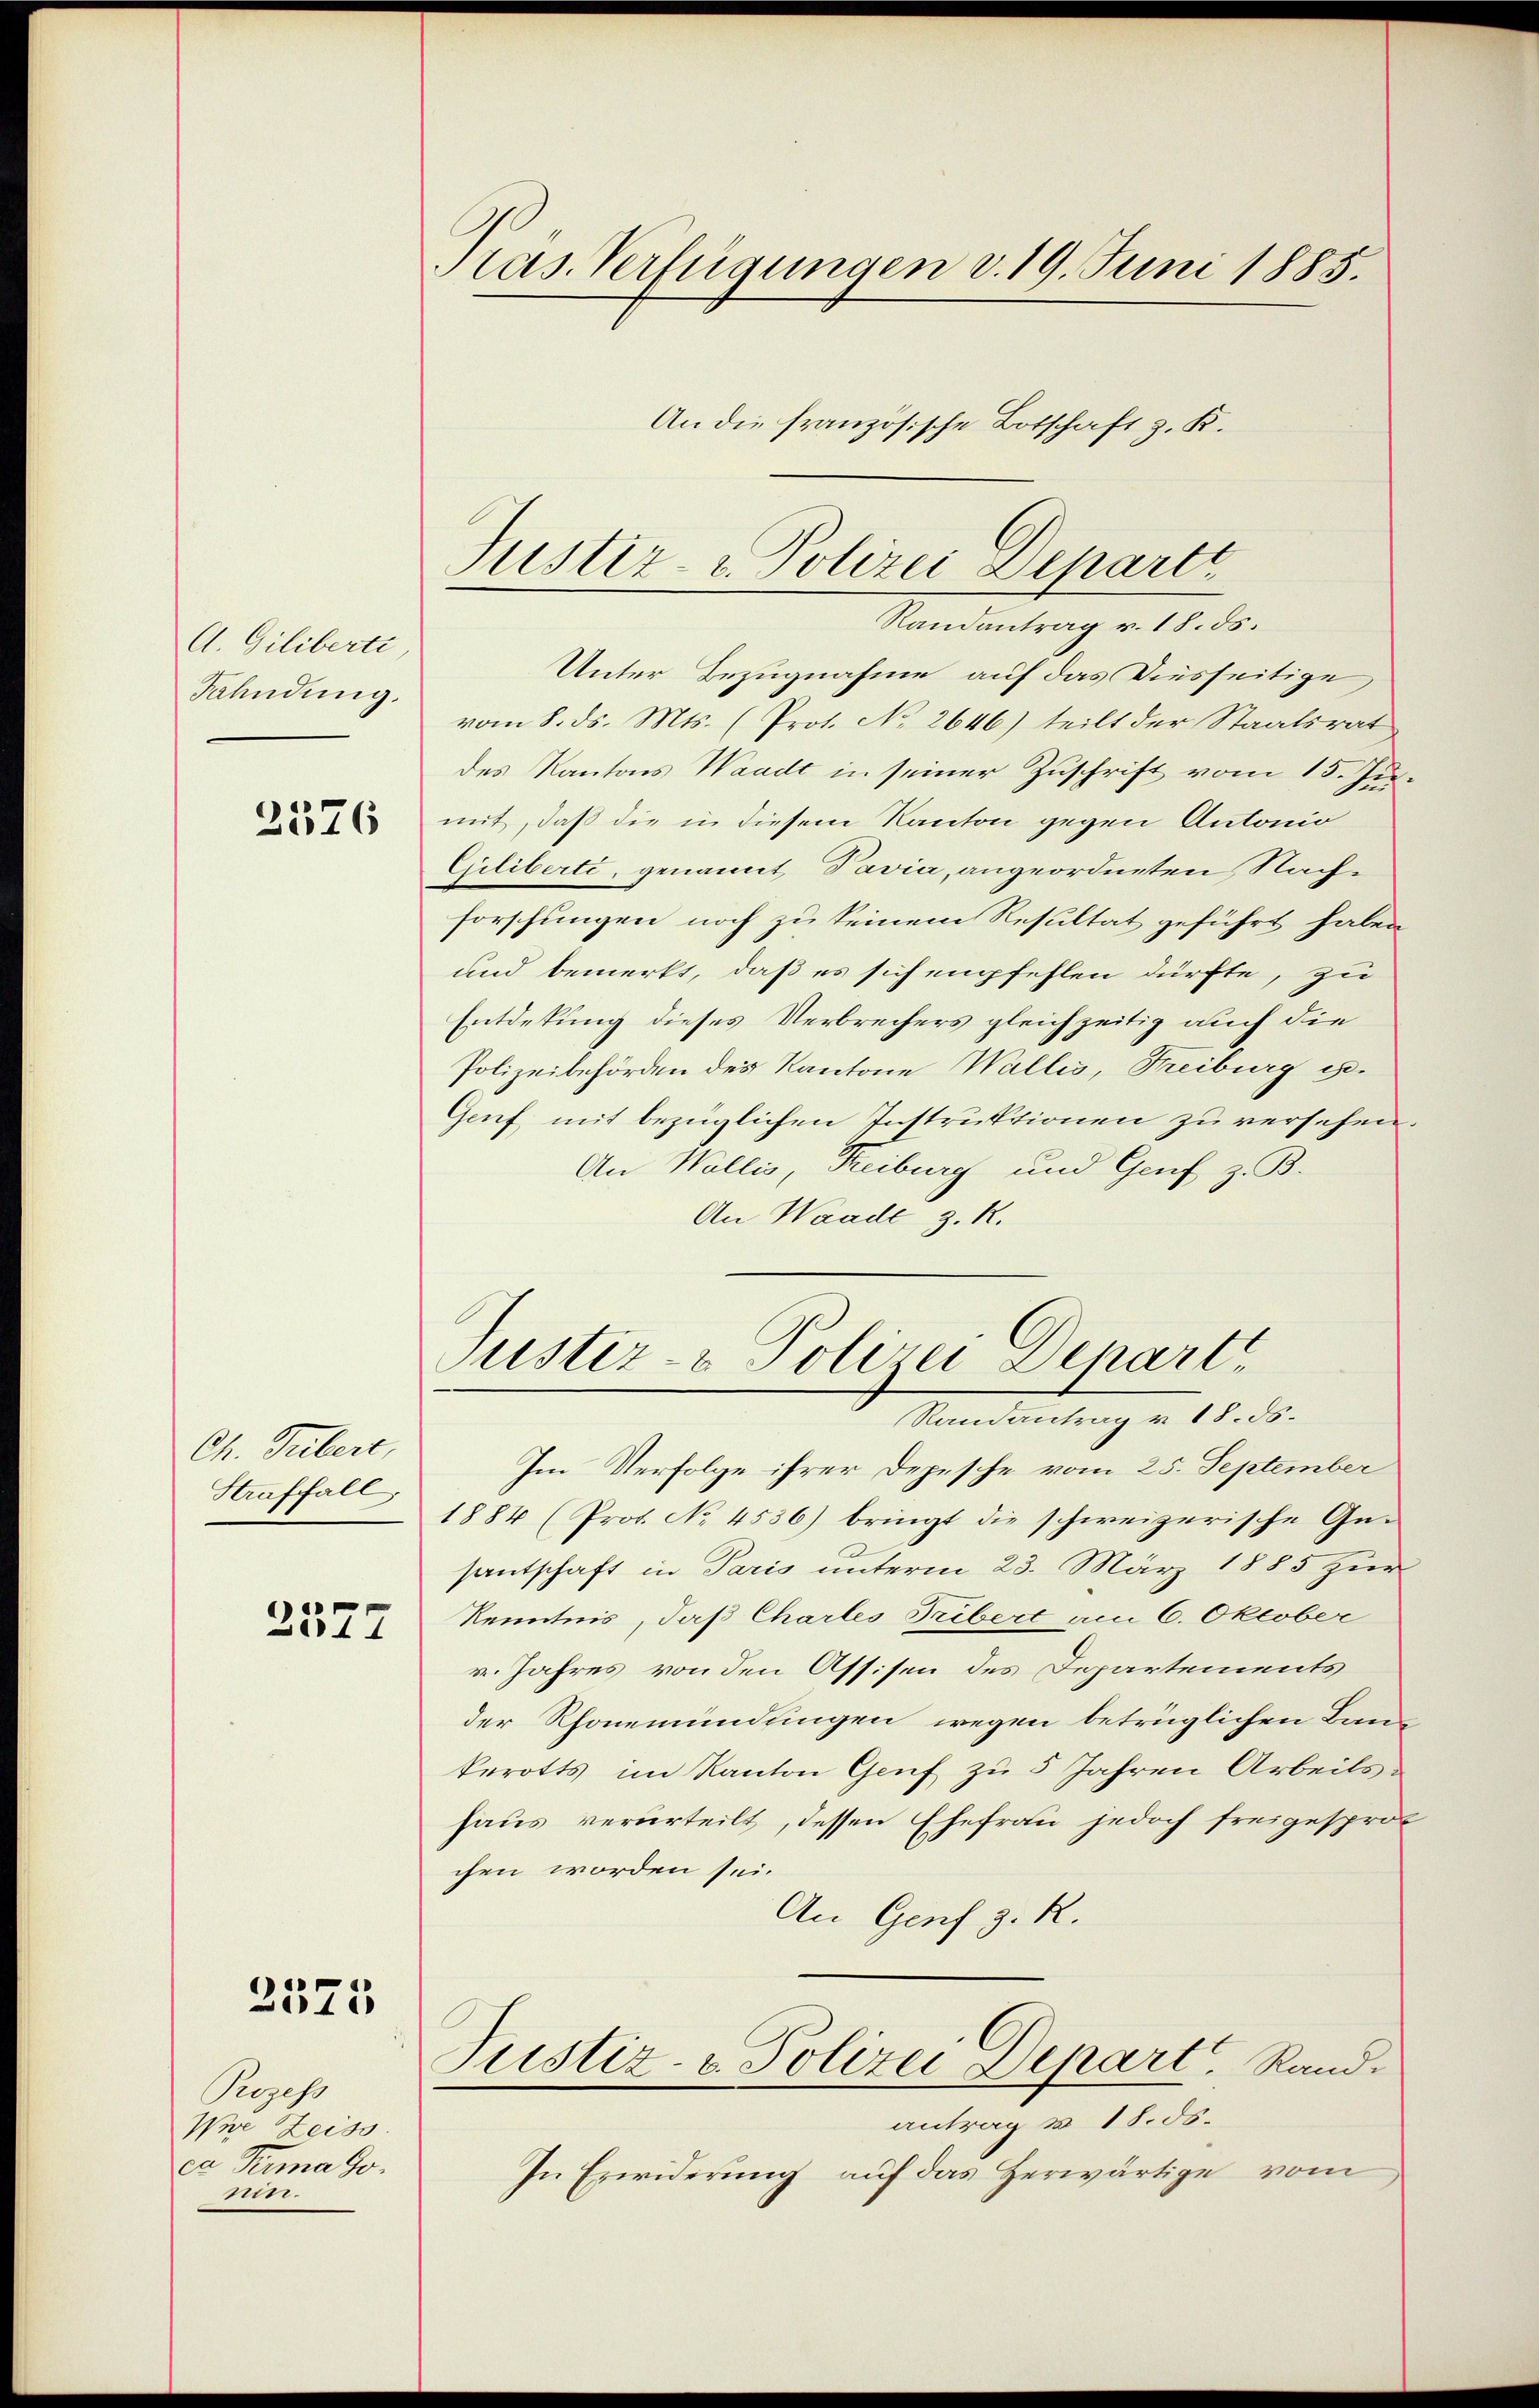
A. Giliberti,
Fahndung.

2376

Ch. Tubert,
Straffall
e

2511

3575

Prozess
Wie Zeiss.
ex Tima Go¬
1773.

Präs. Verfügungen d. 19. Juni 1885.
An die französische Botschaft z. K.

Justiz- & Polizei Departe

Randantrag v. 18. ds.
Unter Bezugnahme auf das Diesseitige
vom 8. ds. Mts. (Prot. No 2646) teilt der Staatsrat
des Kantons Waadt in seiner Zuschrift vom 15. Jumit, daß die in diesem Kanton gegen Antonio
Giliberte, genannt Davia, angeordneten Nachforschungen noch zu keinem Resultat geführt haben,
und bemerkt, daß es sich empfehlen dürfte, zu
Entdekung dieses Verbrechers gleichzeitig auch die
Polizeibehörden des Kantone Wallis, Freiburg ist.
Genf mit bezüglichen Instruktionen zu versehen.
An Wallis, Reiburg und Genf z. B.
An Waadt z. R.

Justiz- & Polizei Depart
Randantrag v. 18. ds.

Im Verfolge ihrer Depesche vom 25. September
1884 (Prot. No 4536) bringt die schweizerische Gesantschaft in Paris unterm 23. März 1885 zur
Kenntnis, daß Chartes Fribert am 6. Oktober
v. Jahres von den Assisen des Departements
der Rhonemündungen wegen betrüglichen Bankerotts im Kanton Genf zu 5 Jahren Arbeits-
haus verurteilt, dessen Ehefrau jedoch freigesprot
chen worden sei.
An Genf z. R.
Justiz- & Polizei Depart. Rand.
antrag v. 18. ds.
In Erwiderung auf das Herwärtige vom